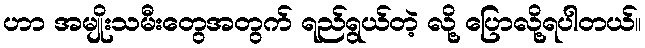
ဟာ အမျိုးသမီးတွေအတွက် ရည်ရွယ်တဲ့ လို့ ပြောလို့ရပါတယ်။